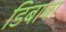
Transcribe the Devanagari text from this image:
डिबाबा